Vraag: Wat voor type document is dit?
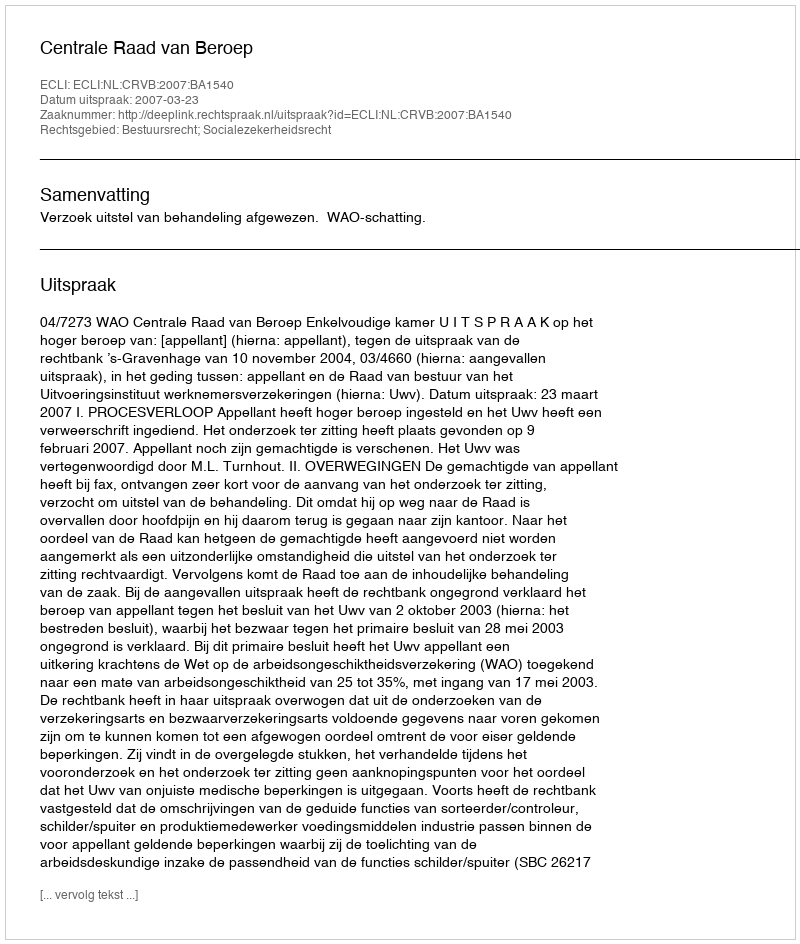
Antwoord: Uitspraak